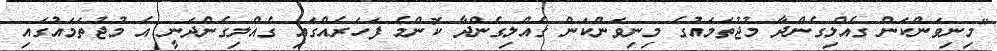
"މިނިވަންކަން ގެއްލިގެންދާ މުޖުތަމައުގެ މިނިވަންކަން ގެއްލިގެންދާ ކޮންމެ ފަހަރެއްގައި ގެއްލިގެންދަނީ އެ މުޖުތަމައުގައި